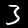
Digit: 3